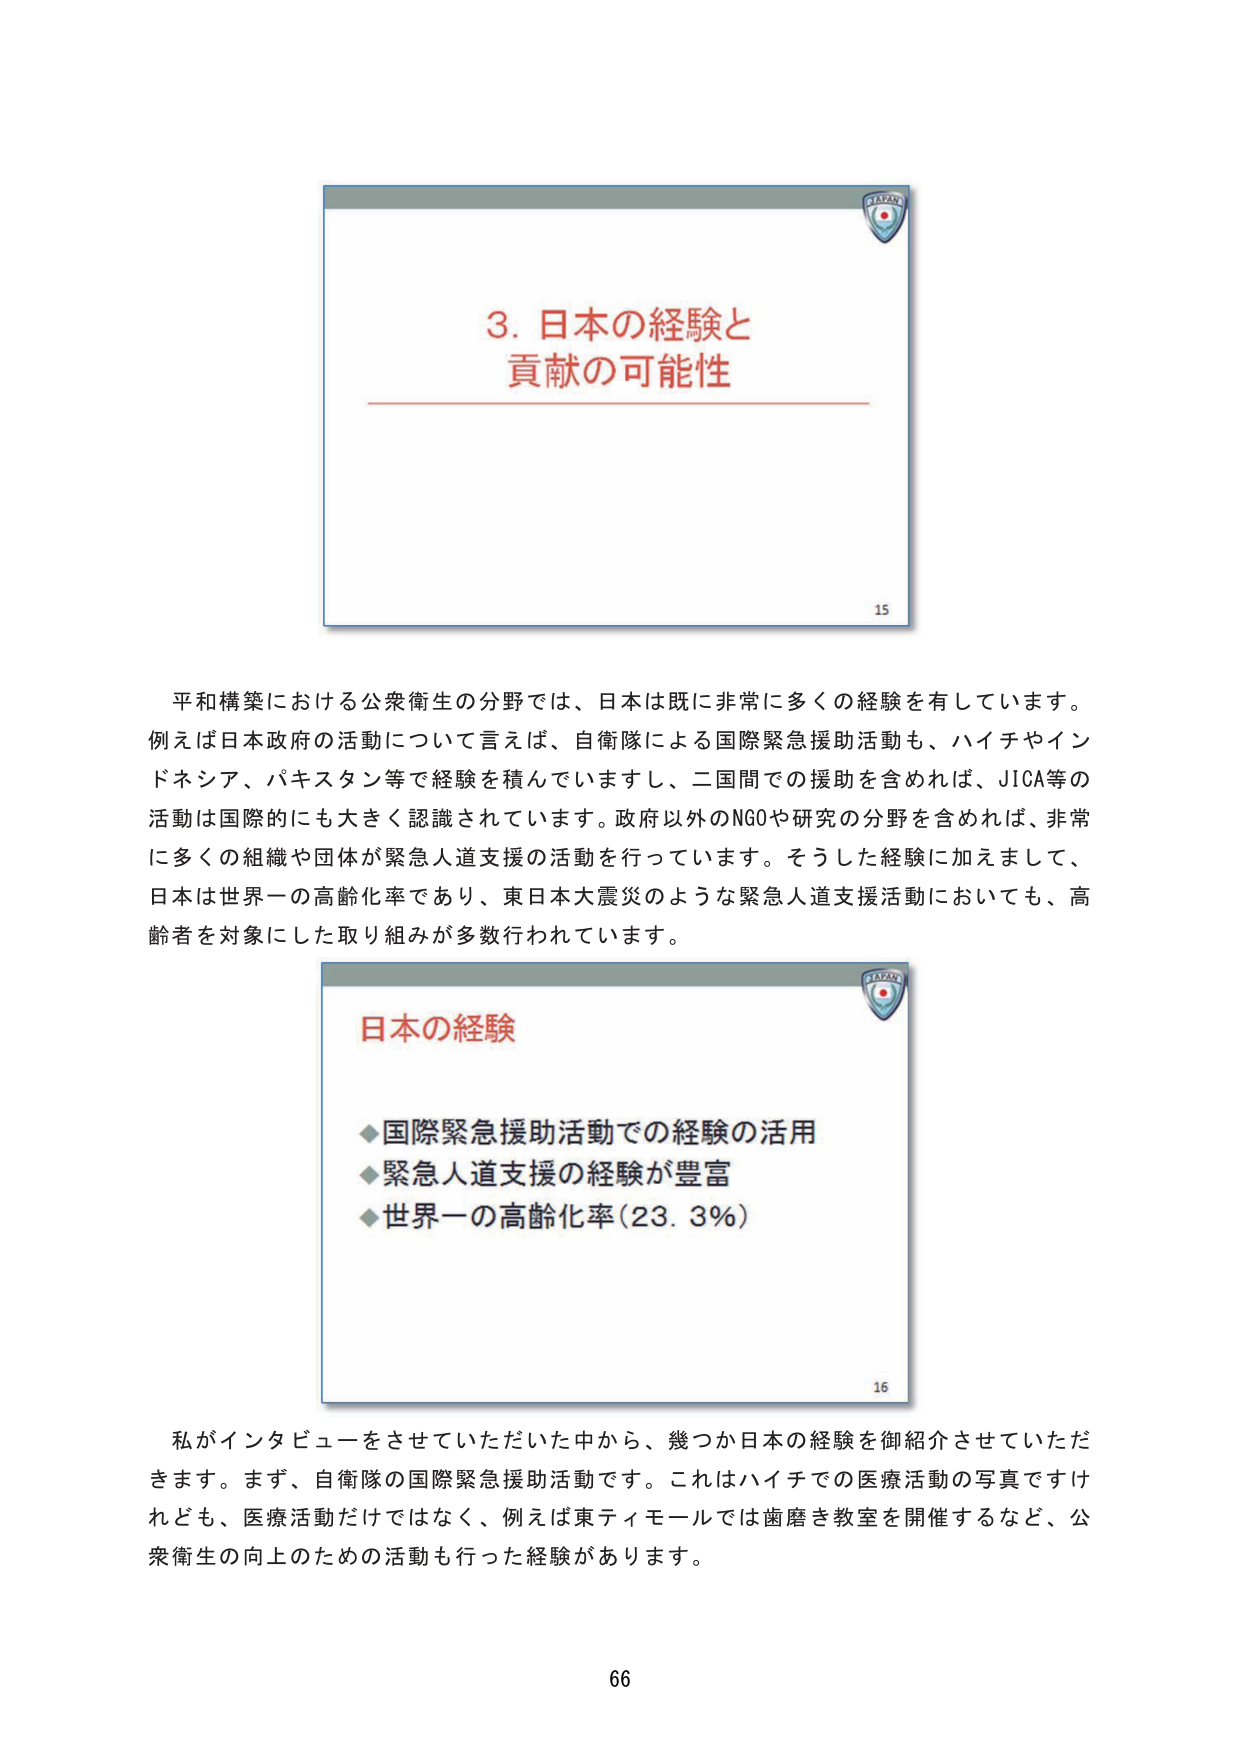
3. 日本の経験と
貢献の可能性

平和構築における公衆衛生の分野では、日本は既に非常に多くの経験を有しています。
例えば日本政府の活動について言えば、自衛隊による国際緊急援助活動も、ハイチやインドネシア、パキスタン等で経験を積んでいますし、二国間での援助を含めれば、JICA等の活動は国際的にも大きく認識されています。政府以外のNGOや研究の分野を含めれば、非常に多くの組織や団体が緊急人道支援の活動を行っています。そうした経験に加えまして、日本は世界一の高齢化率であり、東日本大震災のような緊急人道支援活動においても、高齢者を対象にした取り組みが多数行われています。

日本の経験
◆国際緊急援助活動での経験の活用
◆緊急人道支援の経験が豊富
◆世界一の高齢化率（23.3％）

私がインタビューをさせていただいた中から、幾つか日本の経験を御紹介させていただきます。まず、自衛隊の国際緊急援助活動です。これはハイチでの医療活動の写真ですけれども、医療活動だけではなく、例えば東ティモールでは歯磨き教室を開催するなど、公衆衛生の向上のための活動も行った経験があります。

15
16
66